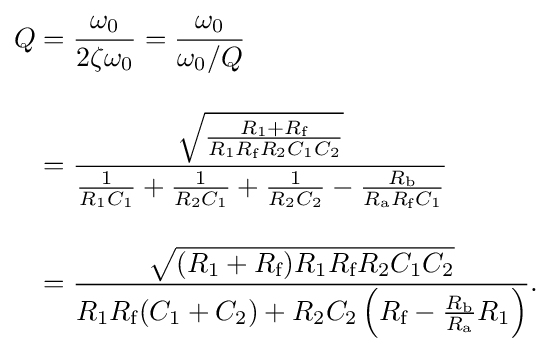
{\begin{aligned}Q&={\frac {\omega _{0}}{2\zeta \omega _{0}}}={\frac {\omega _{0}}{\omega _{0}/Q}}\\[10pt]&={\frac {\sqrt {\frac {R_{1}+R_{\text{f}}}{R_{1}R_{\text{f}}R_{2}C_{1}C_{2}}}}{{\frac {1}{R_{1}C_{1}}}+{\frac {1}{R_{2}C_{1}}}+{\frac {1}{R_{2}C_{2}}}-{\frac {R_{\text{b}}}{R_{\text{a}}R_{\text{f}}C_{1}}}}}\\[10pt]&={\frac {\sqrt {(R_{1}+R_{\text{f}})R_{1}R_{\text{f}}R_{2}C_{1}C_{2}}}{R_{1}R_{\text{f}}(C_{1}+C_{2})+R_{2}C_{2}\left(R_{\text{f}}-{\frac {R_{\text{b}}}{R_{\text{a}}}}R_{1}\right)}}.\end{aligned}}